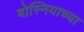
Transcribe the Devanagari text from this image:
बोस्नियाच्या